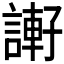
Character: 𧫂